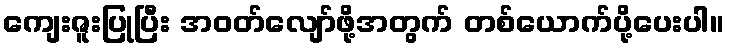
ကျေးဇူးပြုပြီး အဝတ်လျော်ဖို့အတွက် တစ်ယောက်ပို့ပေးပါ။